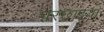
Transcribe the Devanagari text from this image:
परछाइयां